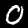
Label: 0